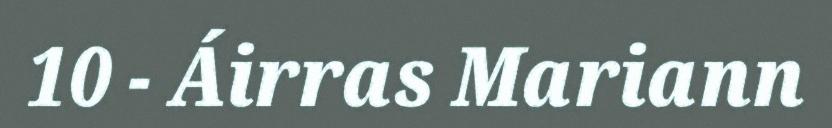
10 - Áirras Mariann